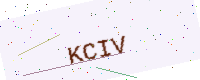
Text: KCIV